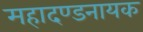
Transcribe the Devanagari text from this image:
महादण्डनायक